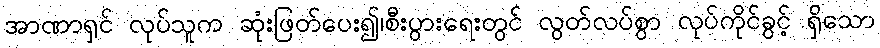
အာဏာရှင် လုပ်သူက ဆုံးဖြတ်ပေး၍၊စီးပွားရေးတွင် လွတ်လပ်စွာ လုပ်ကိုင်ခွင့် ရှိသော